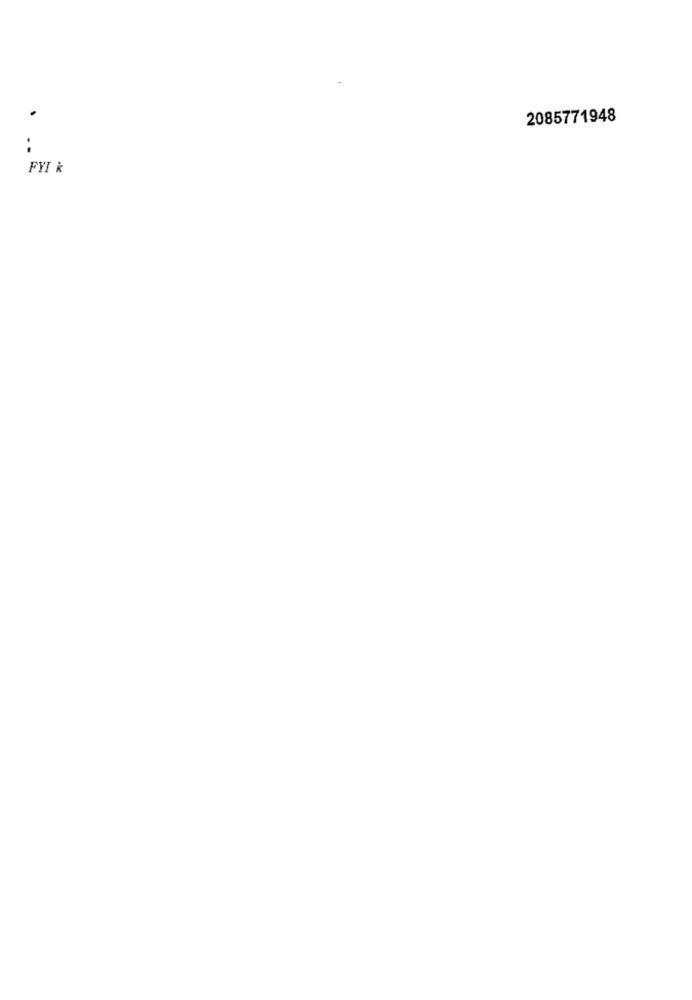
2085771948
FYI k